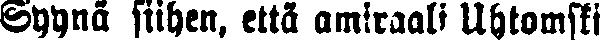
Syynä siihen, että amiraali Uhtomsti